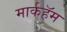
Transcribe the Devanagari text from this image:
मार्कहॅम